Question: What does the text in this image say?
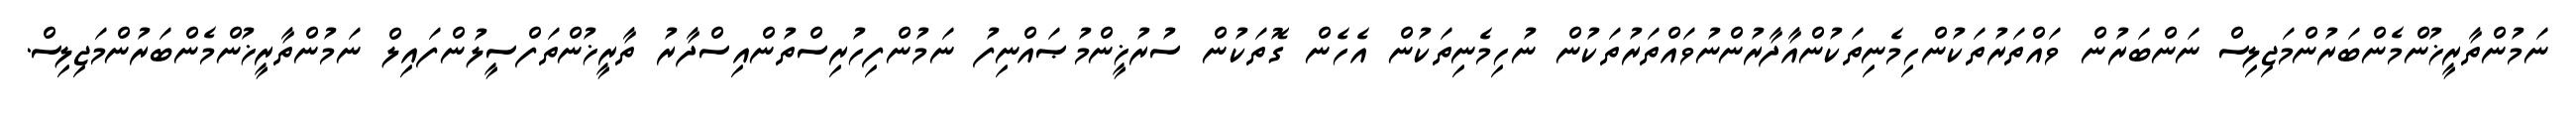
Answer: ނަމުންތާރީޚުންމެންބަރުންމަޖިލިސް ނަންބަރުން ވައްތަރުތަކުންހިމެނިތަކުންއާދާރުންނުވައްތަރުތަކުން ނުހިމެނިތަކުން އެހެން ގޮތަކުން ސުރުޚީންމުޞައްނިފު ނަމުންފިހުރިސްތުންއިސްދާރު ތާރީޚުންތަފްސީލުންފައިލް ނަމުންތާރީޚުންމެންބަރުންމަޖިލިސް.